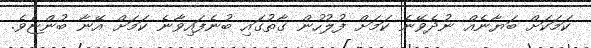
ކަމަކަށް ބަޔާނެއް ނުދެވޭނެ ކަަމަށް ފުލުހުން ގާތުގައި ބުނެފައިވާނެ ކަމަށް އޭނާ ބުންޏެވެ.